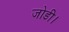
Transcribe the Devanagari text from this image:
जोडी।